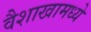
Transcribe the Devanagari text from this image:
वैशाखामध्ये